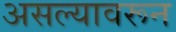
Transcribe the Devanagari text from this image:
असल्यावरून